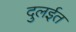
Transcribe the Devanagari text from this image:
दुलईत